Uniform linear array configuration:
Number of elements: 16
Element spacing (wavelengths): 0.25
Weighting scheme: hamming
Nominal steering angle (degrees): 30
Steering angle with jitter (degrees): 31.161
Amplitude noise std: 0.05
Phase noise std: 0.05

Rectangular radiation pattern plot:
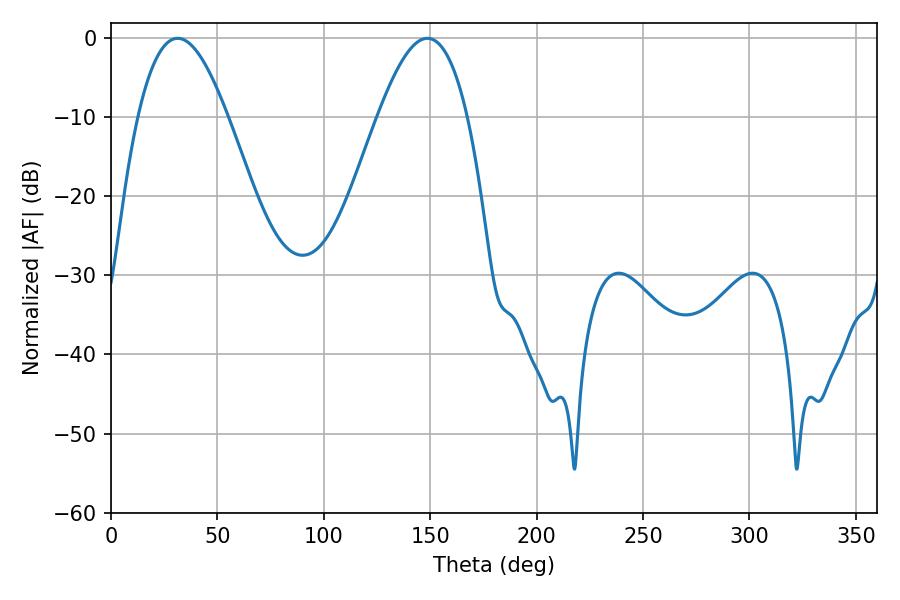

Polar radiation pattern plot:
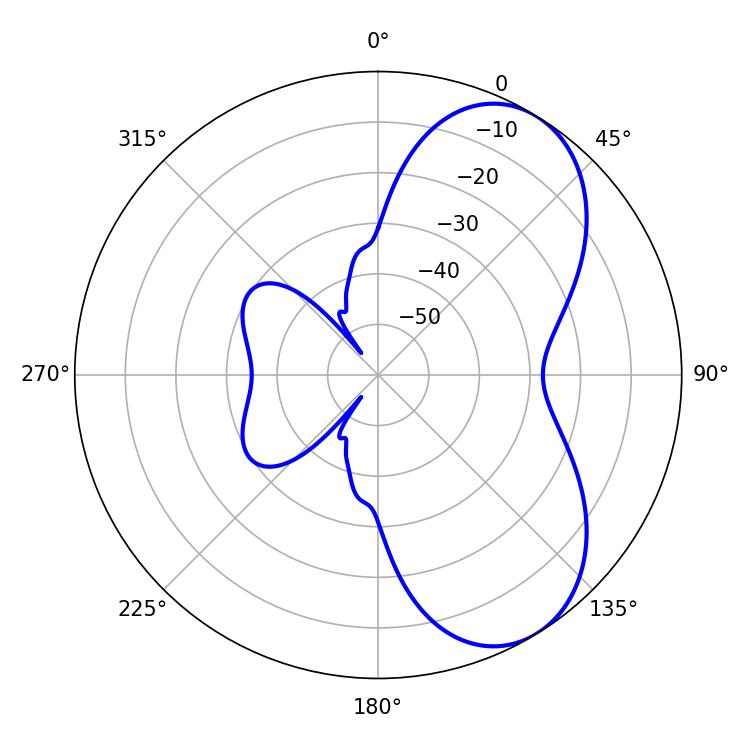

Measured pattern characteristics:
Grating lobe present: FALSE
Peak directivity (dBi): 6.332
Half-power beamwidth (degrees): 23.04
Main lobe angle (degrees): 31.32